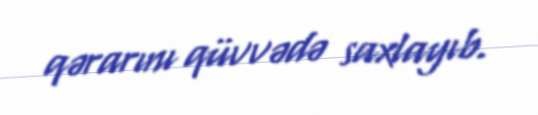
qərarını qüvvədə saxlayıb.